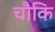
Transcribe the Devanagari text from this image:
चौकि